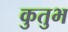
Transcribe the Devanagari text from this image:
कुतुभ